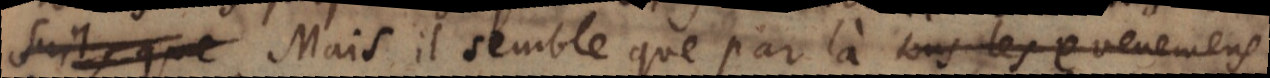
suit, que Mais il semble que par là tous les evenemens